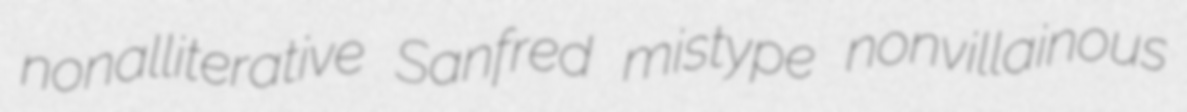
nonalliterative Sanfred mistype nonvillainous